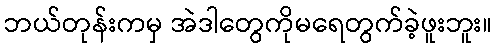
ဘယ်တုန်းကမှ အဲဒါတွေကိုမရေတွက်ခဲ့ဖူးဘူး။